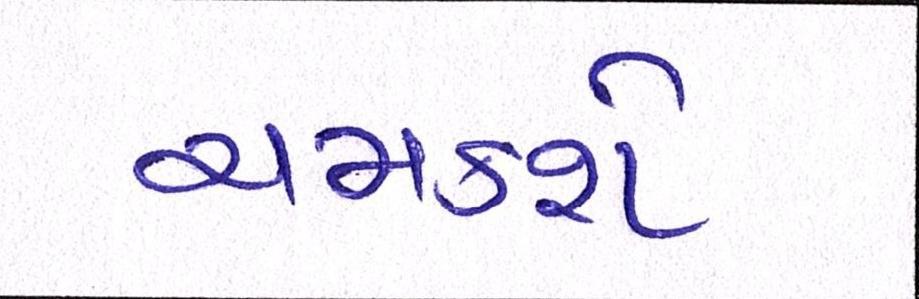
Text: ચમકશે